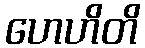
ဟေဟိတိ